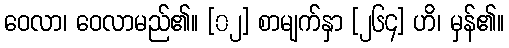
ဝေလာ၊ ဝေလာမည်၏။ [၀၂] စာမျက်နှာ [၂၆၄] ဟိ၊ မှန်၏။